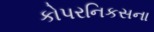
કોપરનિકસના